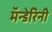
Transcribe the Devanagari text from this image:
मॅन्डेरिनी